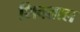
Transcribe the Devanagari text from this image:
शिवताल